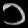
Digit: ၁